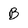
Character: B